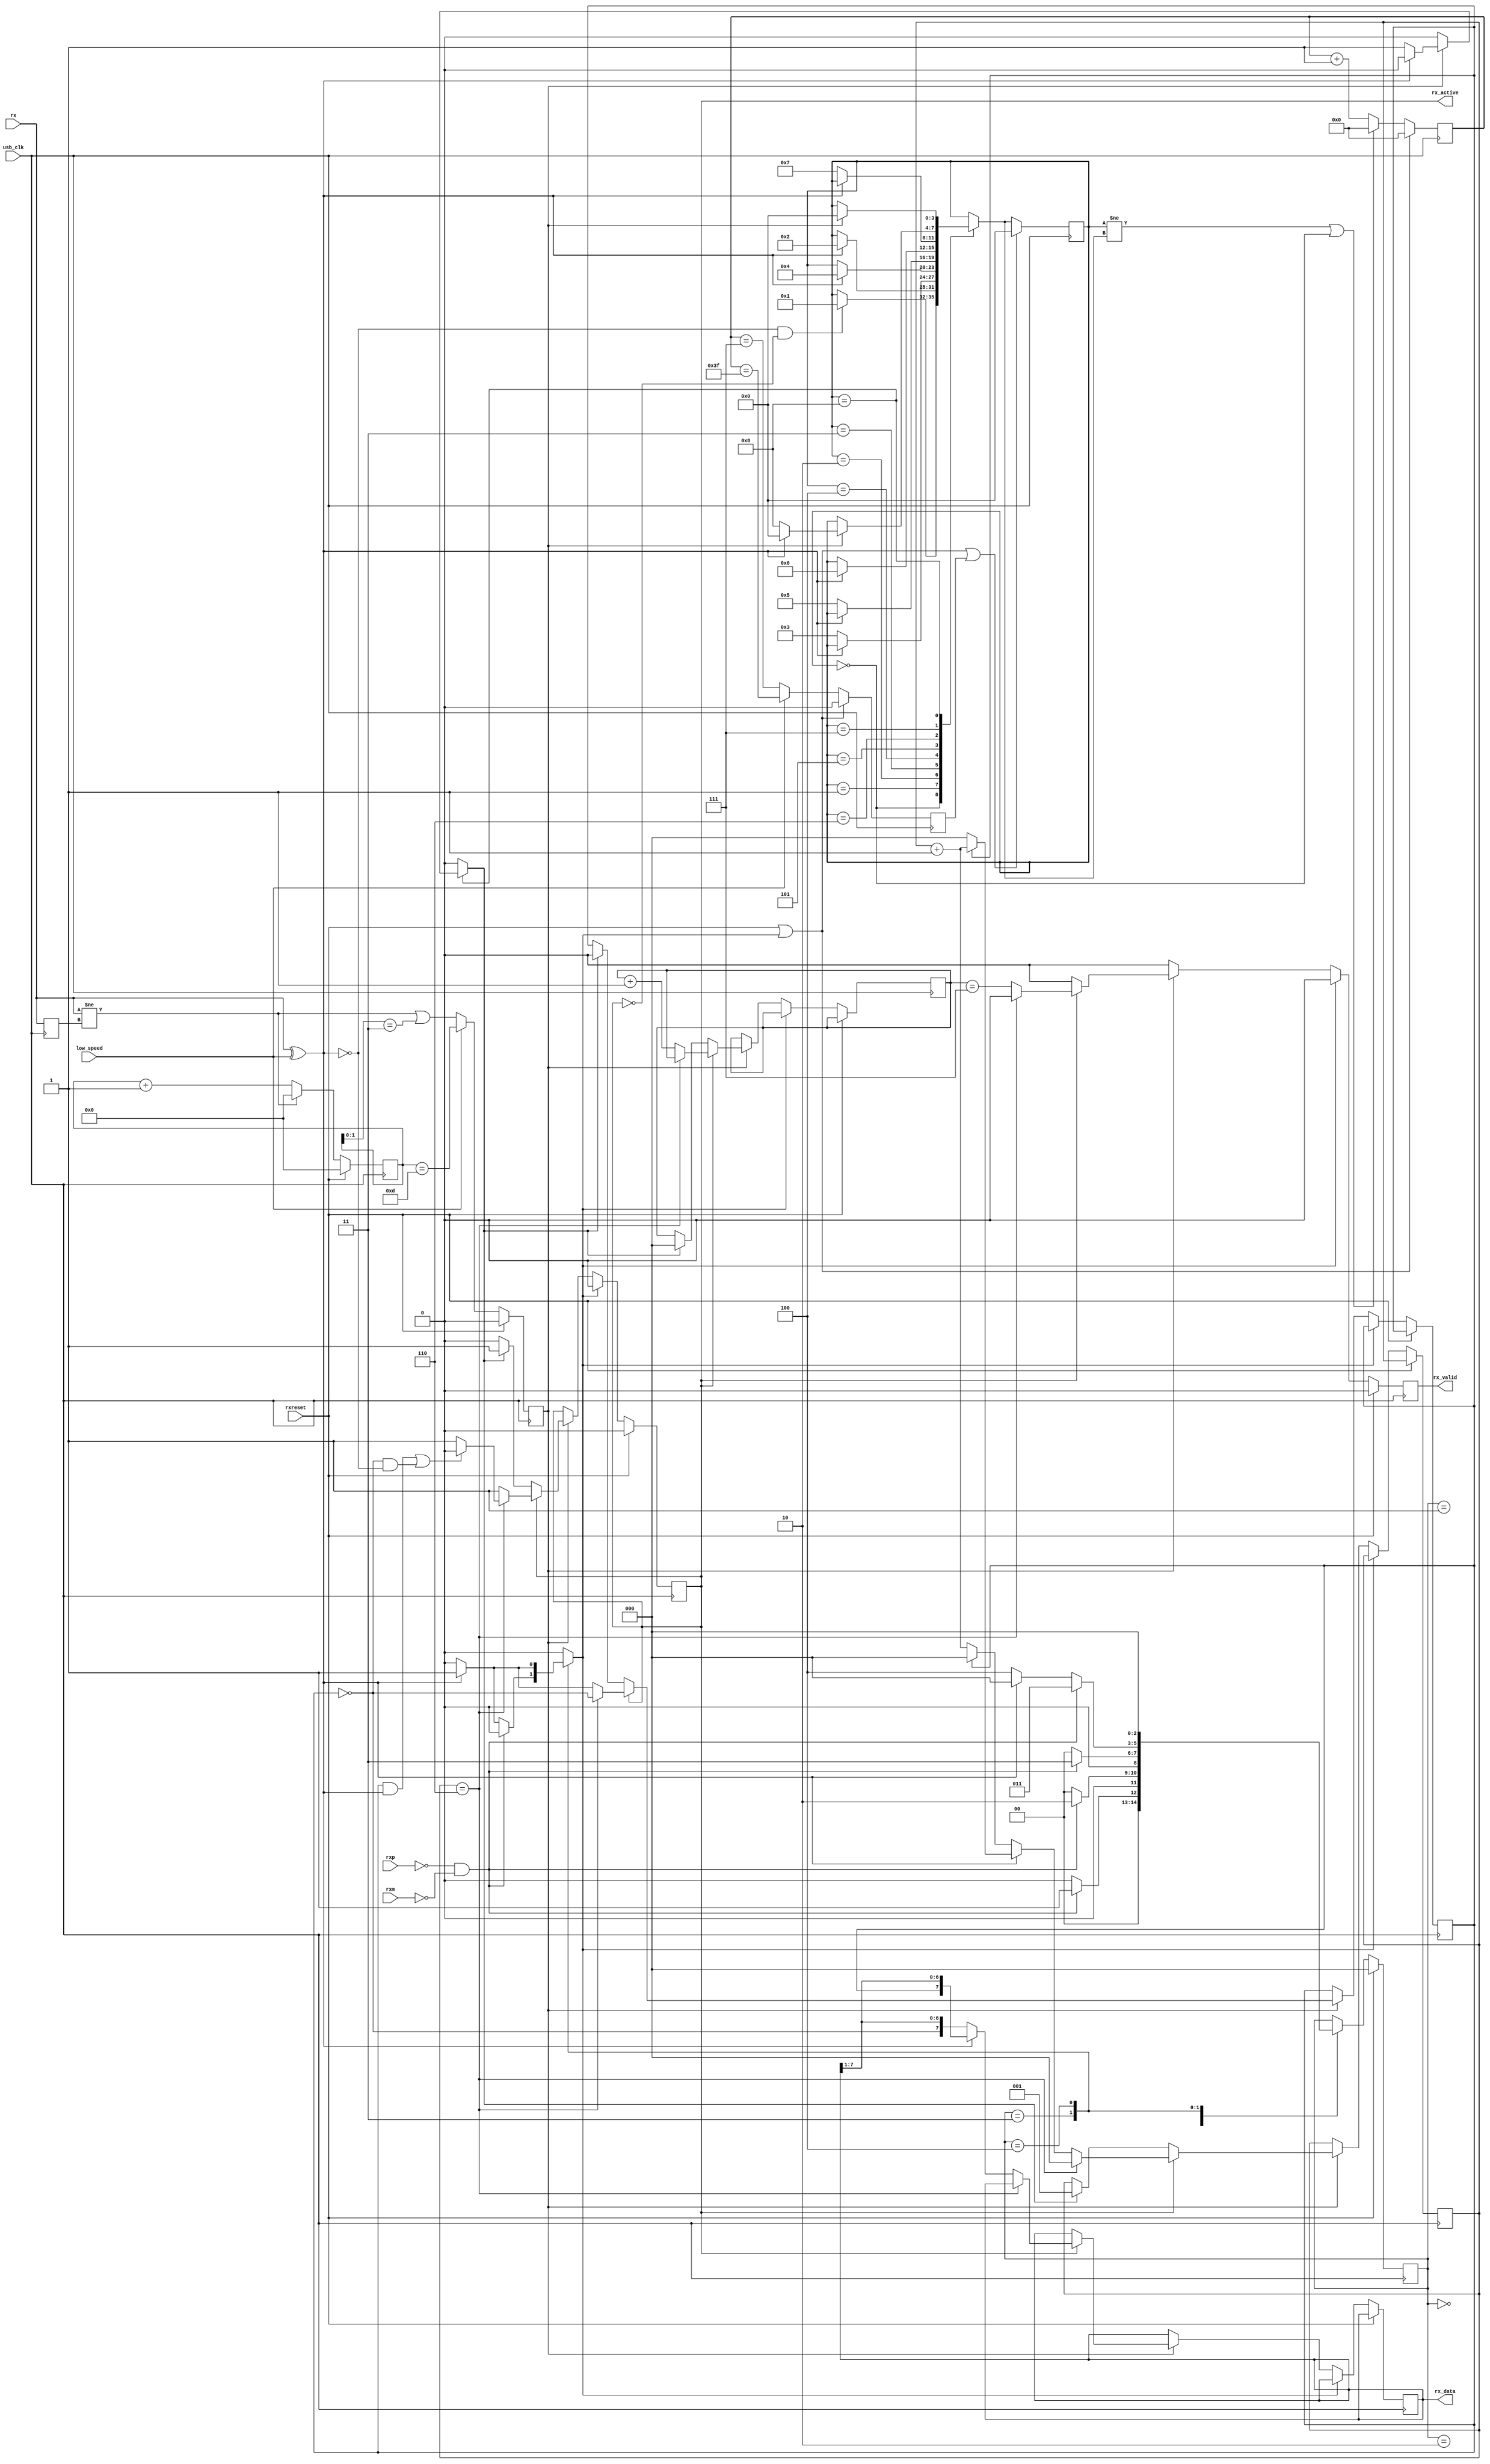
module softusb_rx(
	input usb_clk,

	input rxreset,

	input rx,
	input rxp,
	input rxm,

	output reg [7:0] rx_data,
	output reg rx_valid,
	output reg rx_active,

	input low_speed
);

wire rx_corrected = rx ^ low_speed;

/* EOP detection */

/*
 * State diagram taken from
 * "Designing a Robust USB Serial Interface Engine (SIE)"
 * USB-IF Technical White Paper
 */
wire se0 = ~rxp & ~rxm;

reg [2:0] eop_state;
reg [2:0] eop_next_state;
always @(posedge usb_clk) begin
	if(rxreset)
		eop_state <= 3'd0;
	else
		eop_state <= eop_next_state;
end

reg eop_detected;

always @(*) begin
	eop_detected = 1'b0;
	eop_next_state = eop_state;

	case(eop_state)
		3'd0: begin
			if(se0)
				eop_next_state = 3'd1;
			else
				eop_next_state = 3'd0;
		end
		3'd1: begin
			if(se0)
				eop_next_state = 3'd2;
			else
				eop_next_state = 3'd0;
		end
		3'd2: begin
			if(se0)
				eop_next_state = 3'd3;
			else
				eop_next_state = 3'd0;
		end
		3'd3: begin
			if(se0)
				eop_next_state = 3'd3;
			else begin
				if(rx_corrected) begin
					eop_detected = 1'b1;
					eop_next_state = 3'd0;
				end else
					eop_next_state = 3'd4;
			end
		end
		3'd4: begin
			if(rx_corrected)
				eop_detected = 1'b1;
			eop_next_state = 3'd0;
		end
	endcase
end

/* DPLL */
reg rx_r;
always @(posedge usb_clk)
	rx_r <= rx;
wire transition = (rx != rx_r);

reg [4:0] dpll_counter;
reg dpll_ce;
always @(posedge usb_clk) begin
	if(rxreset) begin
		dpll_counter <= 5'd0;
		dpll_ce <= 1'b0;
	end else begin
		if(transition)
			dpll_counter <= 5'd0;
		else
			dpll_counter <= dpll_counter + 5'd1;
		dpll_ce <= low_speed ? (dpll_counter == 5'd13) : (transition|(dpll_counter[1:0] == 2'd3));
	end
end

/* Serial->Parallel converter */

reg [2:0] bitcount;
reg [2:0] onecount;
reg lastrx;
reg startrx;
always @(posedge usb_clk) begin
	if(rxreset) begin
		rx_active = 1'b0;
		rx_valid = 1'b0;
	end else begin
		rx_valid = 1'b0;
		if(eop_detected)
			rx_active = 1'b0;
		else if(dpll_ce) begin
			if(rx_active) begin
				if(onecount == 3'd6) begin
					/* skip stuffed bits */
					onecount = 3'd0;
					if((lastrx & rx_corrected)|(~lastrx & ~rx_corrected))
						/* no transition? bitstuff error */
						rx_active = 1'b0;
					lastrx = ~lastrx;
				end else begin
					if(rx_corrected) begin
						rx_data = {lastrx, rx_data[7:1]};
						if(lastrx)
							onecount = onecount + 3'd1;
						else
							onecount = 3'd0;
						lastrx = 1'b1;
					end else begin
						rx_data = {~lastrx, rx_data[7:1]};
						if(~lastrx)
							onecount = onecount + 3'd1;
						else
							onecount = 3'd0;
						lastrx = 1'b0;
					end
					rx_valid = bitcount == 3'd7;
					bitcount = bitcount + 3'd1;
				end
			end else if(startrx) begin
				rx_active = 1'b1;
				bitcount = 3'd0;
				onecount = 3'd1;
				lastrx = 1'b0;
			end
		end
	end
end

/* Find sync pattern */

parameter FS_IDLE	= 4'h0;
parameter K1		= 4'h1;
parameter J1		= 4'h2;
parameter K2		= 4'h3;
parameter J2		= 4'h4;
parameter K3		= 4'h5;
parameter J3		= 4'h6;
parameter K4		= 4'h7;
parameter K5		= 4'h8;

reg [3:0] fs_state;
reg [3:0] fs_next_state;

reg [5:0] fs_timeout_counter;
reg fs_timeout;
always @(posedge usb_clk) begin
	if(rxreset|eop_detected) begin
		fs_timeout_counter <= 6'd0;
		fs_timeout <= 1'b0;
	end else begin
		if((fs_state != fs_next_state) | (fs_state == FS_IDLE))
			fs_timeout_counter <= 6'd0;
		else
			fs_timeout_counter <= fs_timeout_counter + 6'd1;
		if(low_speed)
			fs_timeout <= fs_timeout_counter == 6'd63;
		else
			fs_timeout <= fs_timeout_counter == 6'd7;
	end
end

always @(posedge usb_clk) begin
	if(rxreset|eop_detected|fs_timeout)
		fs_state <= FS_IDLE;
	else
		fs_state <= fs_next_state;
end

always @(*) begin
	startrx = 1'b0;
	fs_next_state = fs_state;

	case(fs_state)
		FS_IDLE: if(~rx_corrected & ~rx_active)
			fs_next_state = K1;
		K1: if(rx_corrected)
			fs_next_state = J1;
		J1: if(~rx_corrected)
			fs_next_state = K2;
		K2: if(rx_corrected)
			fs_next_state = J2;
		J2: if(~rx_corrected)
			fs_next_state = K3;
		K3: if(rx_corrected)
			fs_next_state = J3;
		J3: if(~rx_corrected)
			fs_next_state = K4;
		K4: if(dpll_ce) begin
			if(~rx_corrected)
				fs_next_state = K5;
			else
				fs_next_state = FS_IDLE;
		end
		K5: if(dpll_ce) begin
			if(~rx_corrected)
				startrx = 1'b1;
			fs_next_state = FS_IDLE;
		end
	endcase
end

endmodule